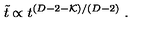
\tilde { t } \propto t ^ { ( D - 2 - { \cal K } ) / ( D - 2 ) } \ .